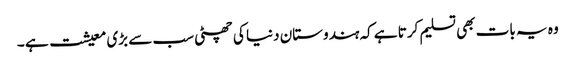
وہ یہ بات بھی تسلیم کرتا ہے کہ ہندوستان دنیا کی چھٹی سب سے بڑی معیشت ہے ۔